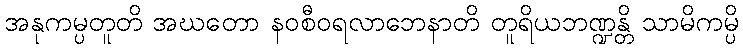
အနုကမ္ပတူတိ အဃတော နဝစီဝရလာဘေနာတိ တူရိယဘဏ္ဍန္တိ သာမိကမ္ပိ